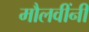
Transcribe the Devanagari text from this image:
मौलवींनी